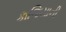
કાજિયાની